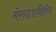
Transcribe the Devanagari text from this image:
मेरुदंडविहिन